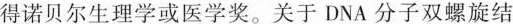
得诺贝尔生理学或医学奖。关于DNA分子双螺旋结